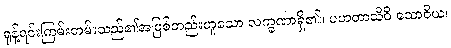
ရုန့်ရင်းကြမ်းတမ်းသည်၏အဖြစ်တည်းဟူသော လက္ခဏာရှိ၏။ ပဟတာသီဝိ သောဝိယ၊